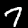
Digit: 7